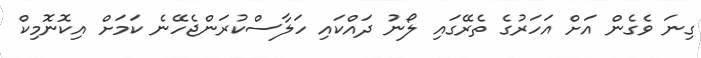
ގިނަ ވެގެން އަށް އަހަރުގެ ތެރޭގައި ލޯނު ދައްކައި ހަލާސްކުރަންޖެހޭނެ ކަމަށް އިކޮނޮމިކް